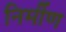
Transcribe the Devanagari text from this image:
निर्मीण